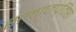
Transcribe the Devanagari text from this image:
समाजप्रतिष्ठा